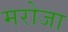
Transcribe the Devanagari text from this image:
मरोजा